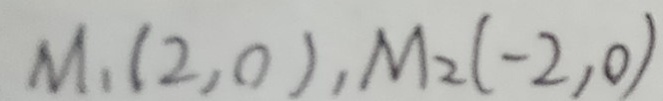
M _ { 1 } ( 2 , 0 ) , M _ { 2 } ( - 2 , 0 )